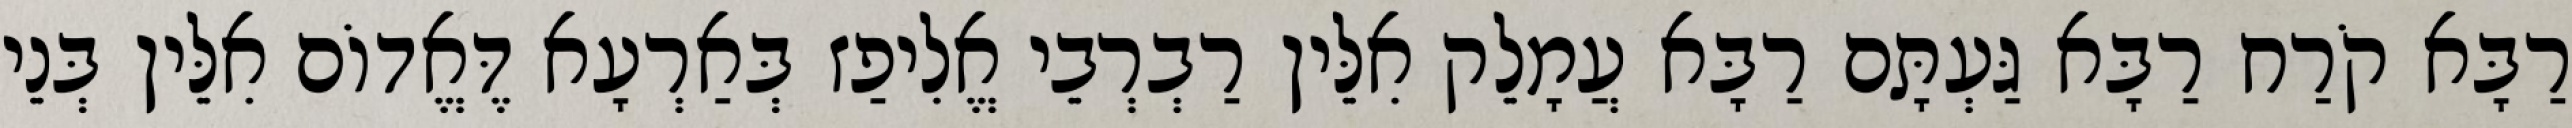
רַבָּא קֹרַח רַבָּא גַּעְתָּם רַבָּא עֲמָלֵק אִלֵּין רַבְרְבֵי אֱלִיפַז בְּאַרְעָא דֶּאֱדוֹם אִלֵּין בְּנֵי